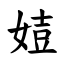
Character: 㛸